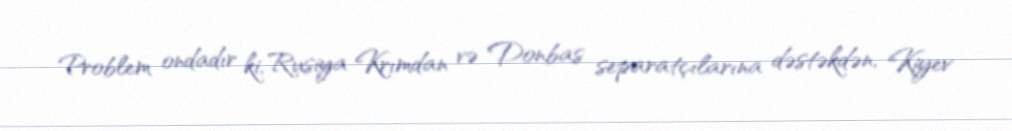
Problem ondadır ki, Rusiya Krımdan və Donbas separatçılarına dəstəkdən, Kiyev